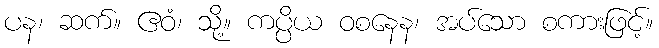
ပန၊ ဆက်။ ဧဝံ၊ သို့။ ကပ္ပိယ ဝစနေန၊ အပ်သော စကားဖြင့်။